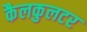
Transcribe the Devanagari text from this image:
कैलकुलटर